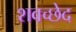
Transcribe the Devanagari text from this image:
शवच्छेद